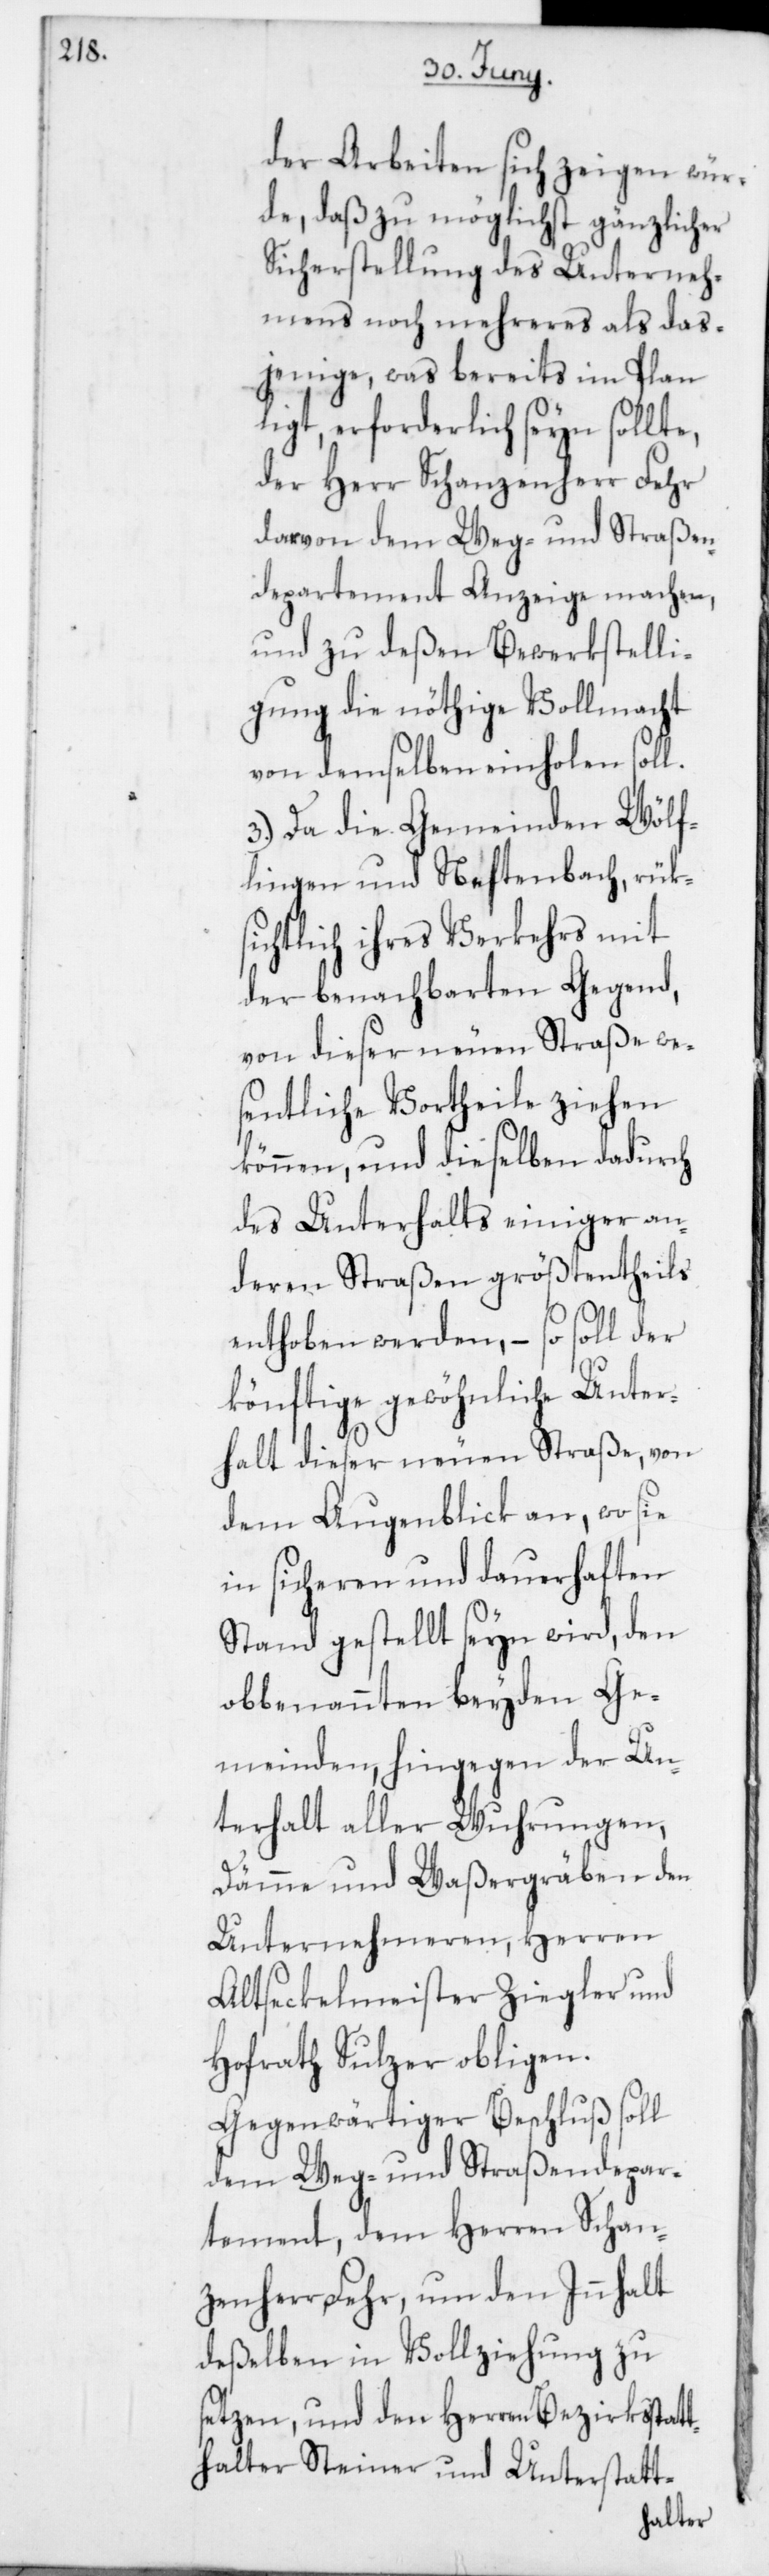
der Arbeiten sich zeigen wür¬
de, daß zu möglichst gänzlicher
Sicherstellung des Unterneh¬
mens noch mehreres als das¬
jenige, was bereits im Plan
ligt, erforderlich seyn sollte,
der Herr Schanzenherr Fehr
darvon dem Weg- und Straßen¬
departement Anzeige machen,
und zu deßen Bewerkstelli¬
gung die nöthige Vollmacht
von demselben einholen soll.
3. Da die Gemeinden Wölf¬
lingen und Neftenbach, rüks¬
ichtlich ihres Verkehrs mit
der benachbarten Gegend,
von dieser neuen Straße wes¬
entliche Vortheile ziehen
können, und dieselben dadurch
des Unterhalts einiger an¬
deren Straßen größtentheils
enthoben werden, – so soll der
könftige gewöhnliche Unter¬
halt dieser neuen Straße, von
dem Augenblick an, wo sie
in sicheren und dauerhaften
Stand gestellt seyn wird, den
obbenannten beyden Ge¬
meinden, hingegen der Un¬
terhalt aller Wuhrungen,
Dämme und Waßergräben den
Unternehmeren, Herren
Altseckelmeister Ziegler und
Hofrath Sulzer obligen.
Gegenwärtiger Beschluß soll
dem Weg- und Straßendepar¬
tement, dem Herren Schan¬
zenherr Fehr, um den Innhalt
deßelben in Vollziehung zu
setzen, und den Herren Bezirksstat¬
thalter Steiner und Unterstatt-